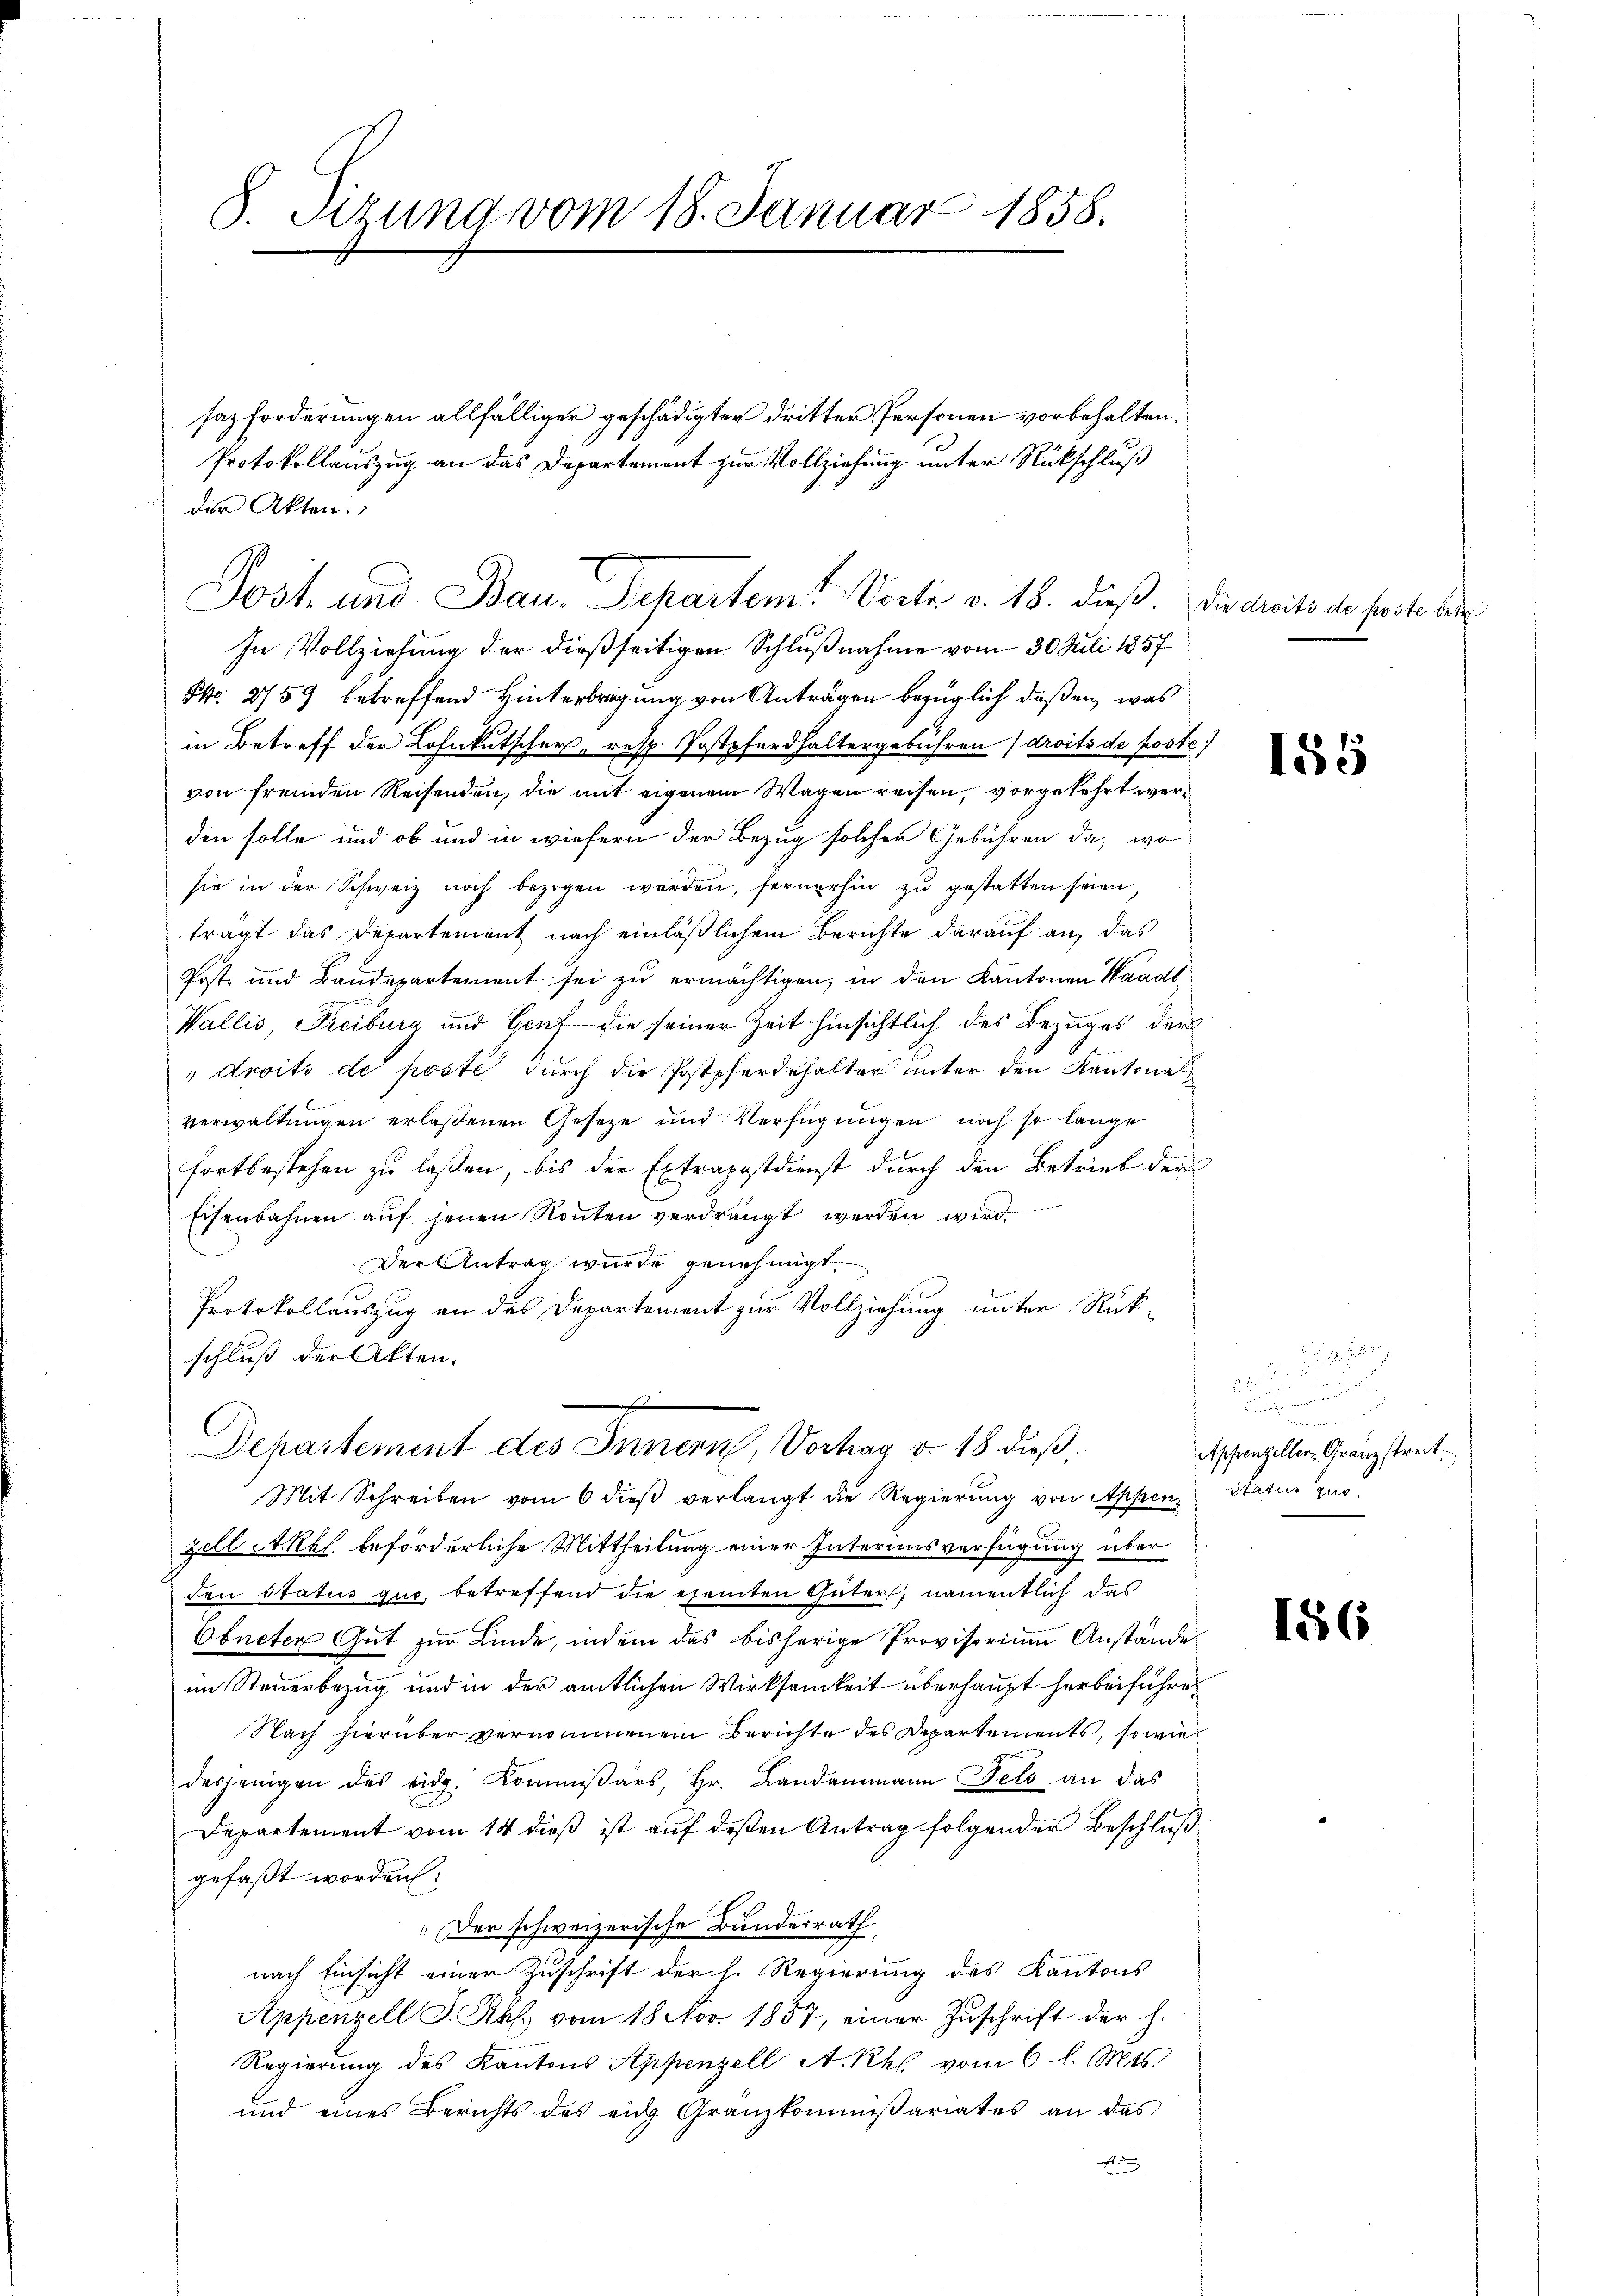
8. Sizung vom 18. Januar 1858.

In Vollziehung der dießseitigen Schlußnahme vom 30. Juli 1857
S. 2759 betreffend Hinterbrigung von Anträgen bezüglich deßen, was
in Betreff der Lohnkutscher, resp. Postpferdhaltergebühren droits de poste
von fremden Reisenden, die mit eigenem Wagen reisen, vorgekehrt werden solle und ob und in wiefern der Bezug solcher Gebühren da, wo
sie in der Schweiz noch bezogen werden, fernerhin zu gestatten seien,
trägt das Departement nach einläßlichem Berichte darauf an, das
Poste und Baudepartement sei zu ermächtigen, in den Kantonen Waadt
Wallis, Freiburg und Gent die seiner Zeit hinsichtlich des Bezuges der
" droits de posté durch die Postpferdehalter unter den Kantonalverwaltungen erlaßenen Geseze und Verfügungen noch so lange
fortbestehen zu laßen, bis der Extrapostdienst durch den Betrieb der
Eisenbahnen auf jenen Ronten verdrängt werden wird.
Der Antrag wurde genehmigt.
Protokollauszug an des Departement zur Vollziehung unter Rükschluß der Akten.
Departement des Innern, Vorhay d. 18 dieß.
Mit Schreiben vom 6 dieß verlangt die Regierung von Appen Status quo
zell A.Rbl. beförderliche Mittheilung einer Interimsverfügung über
don Status quo, betreffend die ehemten Güter, namentlich das
Obneter Gut zur Linde, indem das bisherige Provisorium Anstände
im Steuerbezug und in der amtlichen Wirksamkeit überhaupt herbeiführe
Nach hierüber vernommenen Berichte des Departements, sowie
desjenigen des Eidg. Kommißärs, Hr. Landammann Fels an das
Departement vom 14 dieß ist auf deßen Antrag folgender Beschlußgefaßt worden:
Der schweizerische Bundesrath
nach Einsicht einer Zuschrift der h. Regierung des Kantons
Appenzell I. R. vom 18 Nov. 1857, einer Zuschrift der h.
Regierung des Kantons Appenzell A.- Rhl vom 6 l. Mts.
und eines Berichts des eich Granzkommißariates an das
t

der Akten.
Post- und Bau. Departemt Vorte v. 18. dieß. Die Greits der Freiter bei

saz forderungen allfälliger geschädigter dritter Personen vorbehalten.
Protokollauszug an das Departement zur Vollziehung unter Rückschluß

185

2

i
se der
Cumann eine
Gerechen
Appenzeller. Granz streit,

156